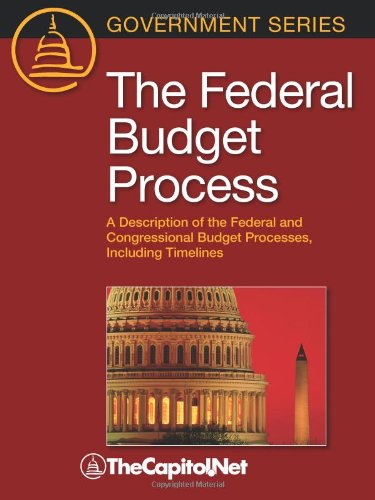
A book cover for The Federal Budget Process: A Description of the Federal and Congressional Budget Processes, including Timelines; Law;